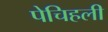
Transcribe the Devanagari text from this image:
पेचिहली